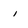
Character: i